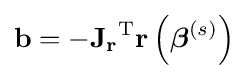
\mathbf {b} =-\mathbf {J_{r}} ^{\operatorname {T} }\mathbf {r} \left({\boldsymbol {\beta }}^{(s)}\right)